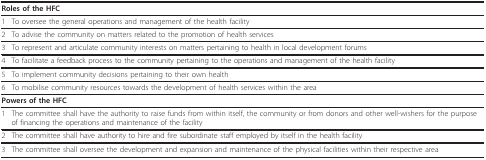
| <COLSPAN=2> Roles of the HFC |
 | --- | --- |
 | 1 | To oversee the general operations and management of the health facility |
 | 2 | To advise the community on matters related to the promotion of health services |
 | 3 | To represent and articulate community interests on matters pertaining to health in local development forums |
 | 4 | To facilitate a feedback process to the community pertaining to the operations and management of the health facility |
 | 5 | To implement community decisions pertaining to their own health |
 | 6 | To mobilise community resources towards the development of health services within the area |
 | <COLSPAN=2> Powers of the HFC |
 | 1 | The committee shall have the authority to raise funds from within itself, the community or from donors and other well-wishers for the purpose of financing the operations and maintenance of the facility |
 | 2 | The committee shall have authority to hire and fire subordinate staff employed by itself in the health facility |
 | 3 | The committee shall oversee the development and expansion and maintenance of the physical facilities within their respective area |